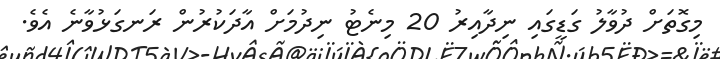
މިގޮތަށް ދުވާލު ގަޑީގައި ނިދާއިރު 20 މިނެޓު ނިދުމަށް އާދަކުރުން ރަނގަޅުވާނެ އެވެ.